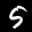
Label: 5